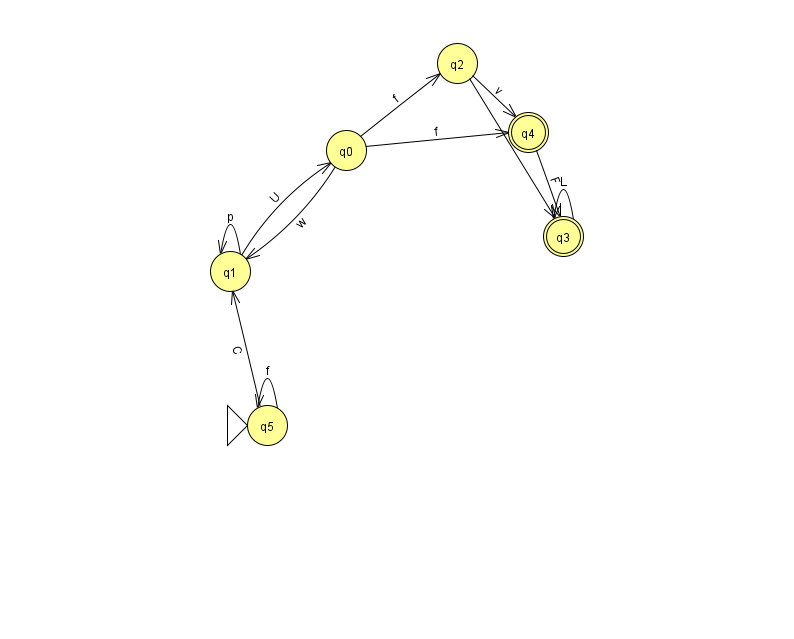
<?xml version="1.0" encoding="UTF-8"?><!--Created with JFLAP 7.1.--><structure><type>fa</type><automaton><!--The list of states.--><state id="0" name="q0"><x>346.0</x><y>137.0</y></state><state id="1" name="q1"><x>230.0</x><y>258.0</y></state><state id="2" name="q2"><x>457.0</x><y>50.0</y></state><state id="3" name="q3"><x>563.0</x><y>223.0</y><final/></state><state id="4" name="q4"><x>528.0</x><y>119.0</y><final/></state><state id="5" name="q5"><x>267.0</x><y>412.0</y><initial/></state><!--The list of transitions.--><transition><from>1</from><to>1</to><read>p</read></transition><transition><from>2</from><to>3</to><read>I</read></transition><transition><from>0</from><to>4</to><read>f</read></transition><transition><from>5</from><to>1</to><read>C</read></transition><transition><from>0</from><to>2</to><read>f</read></transition><transition><from>5</from><to>5</to><read>f</read></transition><transition><from>2</from><to>4</to><read>v</read></transition><transition><from>0</from><to>1</to><read>w</read></transition><transition><from>1</from><to>0</to><read>U</read></transition><transition><from>3</from><to>3</to><read>L</read></transition><transition><from>4</from><to>3</to><read>F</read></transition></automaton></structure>